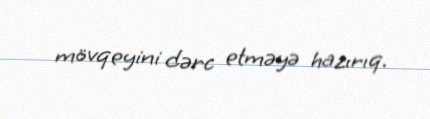
mövqeyini dərc etməyə hazırıq.